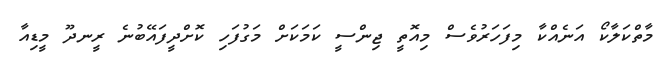
މާތްކަލާކޯ އަނެއްކާ މިފަހަރުވެސް މިއޮތީ ޖިިންސީ ކަމަކަށް މަގުފަހި ކޮށްދީފައޭބުނެ ރީނދޫ މީޑިއާ